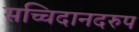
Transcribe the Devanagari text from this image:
सच्चिदानदरुप